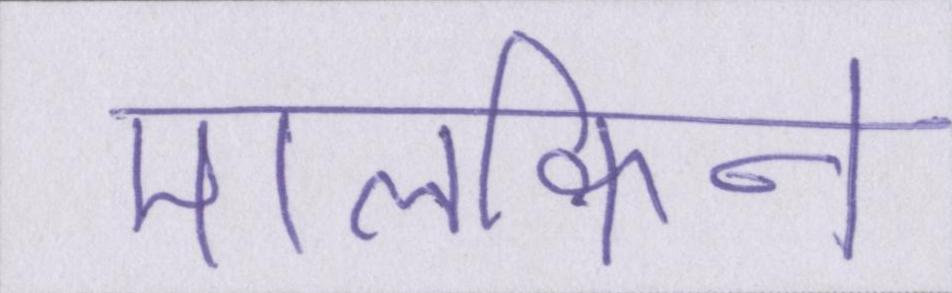
मालकिन